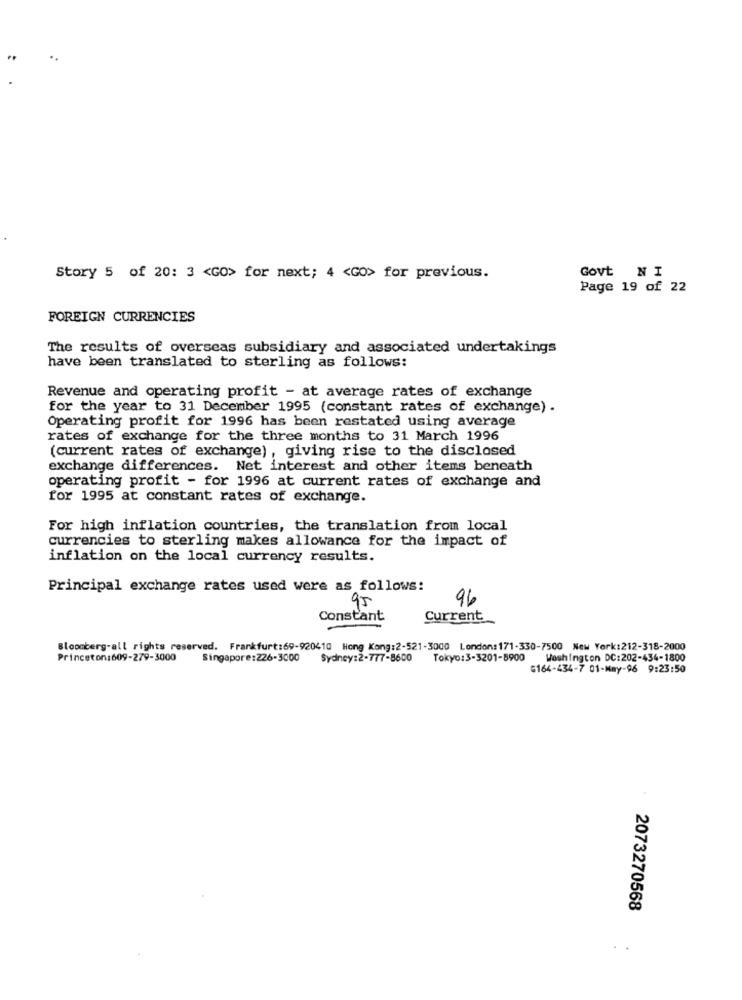
Story 5 of 20: 3 <GO> for next; 4 <Go> for previous.
Govt NI
Page 19 of 22
FOREIGN CURRENCIES
The results of overseas subsidiary and associated undertakings
have been translated to sterling as follows:
Revenue and operating profit - at average rates of exchange
for the year to 31 December 1995 (constant rates of exchange) .
Operating profit for 1996 has been restated using average
rates of exchange for the three months to 31 March 1996
(current rates of exchange), giving rise to the disclosed
exchange differences. Net interest and other items beneath
operating profit - for 1996 at current rates of exchange and
for 1995 at constant rates of exchange.
For high inflation countries, the translation from local
currencies to sterling makes allowance for the impact of
inflation on the local currency results.
Principal exchange rates used were as follows:
95
96
Constant
Current
Bloomberg-all rights reserved. Frankfurt:69-920410 Hong Kong:2-521-3000 London:171-330-7500 New York:212-318-2000
Princeton:609-279-3000
Singapore:226-3000
Sydney: 2-777-8600 Tokyo: 3-3201-8900
Washington DC:202-434-1800
G164-434-7 01-May-96 9:23:50
2073270568